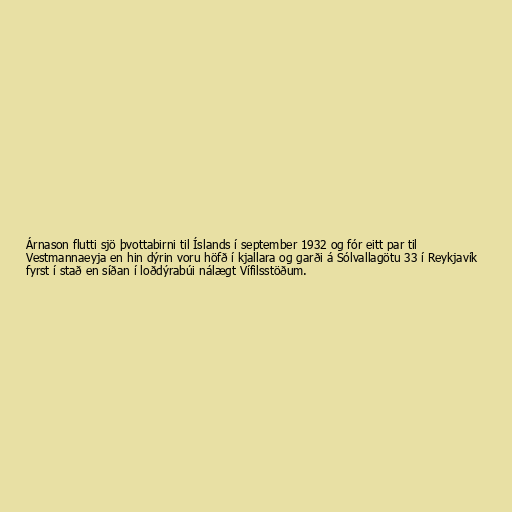
Árnason flutti sjö þvottabirni til Íslands í september 1932 og fór eitt par til
Vestmannaeyja en hin dýrin voru höfð í kjallara og garði á Sólvallagötu 33 í Reykjavík
fyrst í stað en síðan í loðdýrabúi nálægt Vífilsstöðum.